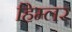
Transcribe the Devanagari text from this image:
हिम्लर